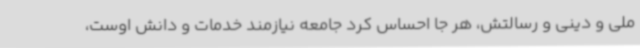
ملی و دینی و رسالتش، هر جا احساس کرد جامعه نیازمند خدمات و دانش اوست،